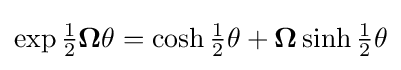
\exp {{\tfrac {1}{2}}{{\boldsymbol {\Omega }}\theta }}=\cosh {{\tfrac {1}{2}}\theta }+{\boldsymbol {\Omega }}\sinh {{\tfrac {1}{2}}\theta }